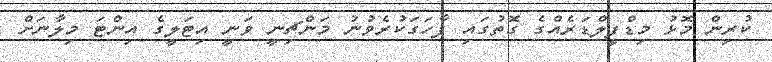
ކުރިން މޮޅު މިޑްފީލްޑަރެއްގެ ގޮތުގައި ފާހަގަކުރެވުނު މަންޗިނީ ވަނީ އިޓަލީގެ އިންޓަ މިލާނަށް